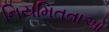
નિયમિતતાઓ